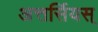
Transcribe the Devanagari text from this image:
अत्तर्सियस्